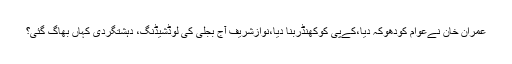
عمران خان نےعوام کودھوکہ دیا،کےپی کوکھنڈربنا دیا،نوازشریف آج بجلی کی لوڈشیڈنگ، دہشتگردی کہاں بھاگ گئی؟